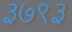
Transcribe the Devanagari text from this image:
३७९३